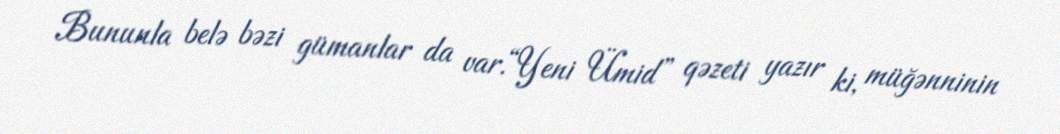
Bununla belə bəzi gümanlar da var.“Yeni Ümid” qəzeti yazır ki, müğənninin